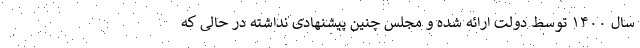
سال ۱۴۰۰ توسط دولت ارائه شده و مجلس چنین پیشنهادی نداشته در حالی که